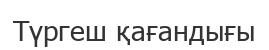
Түргеш қағандығы